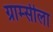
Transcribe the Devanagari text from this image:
ग्राम्सीला